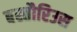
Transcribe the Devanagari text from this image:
बस्तौरिउस